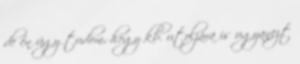
de én úgy tudom, hogy kb. utoljára is ugyanezt